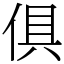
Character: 俱